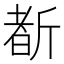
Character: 斱